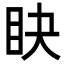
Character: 䀗